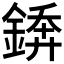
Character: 𨪻